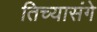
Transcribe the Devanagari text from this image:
तिच्यासंगे